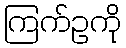
ကြက်ဥကို